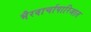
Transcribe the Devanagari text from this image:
भैरवार्चापारिजात